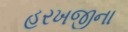
હરખજીના